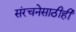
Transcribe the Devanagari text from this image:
संरचनेसाठीही